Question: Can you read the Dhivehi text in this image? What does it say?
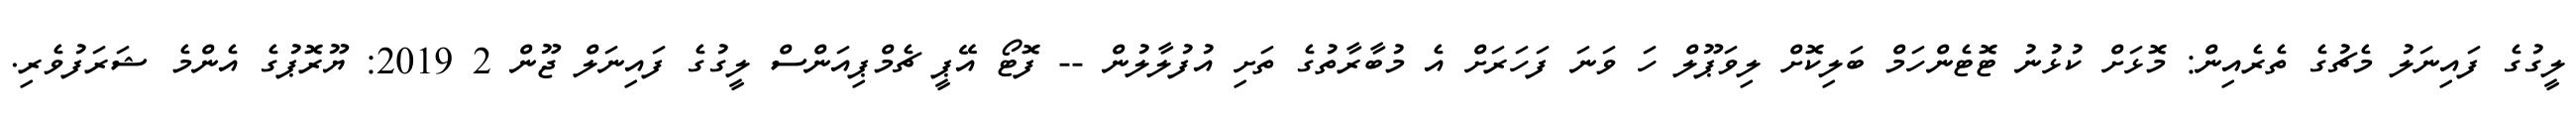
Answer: ލީގުގެ ފައިނަލު މެޗުގެ ތެރެއިން: މޮޅަށް ކުޅުނު ޓޮޓެންހަމް ބަލިކޮށް ލިވަޕޫލް ހަ ވަނަ ފަހަރަށް އެ މުބާރާތުގެ ތަށި އުފުލާލުން -- ފޮޓޯ އޭޕީ ޗެމްޕިއަންސް ލީގުގެ ފައިނަލް ޖޫން 2 2019: ޔޫރޮޕުގެ އެންމެ ޝަރަފުވެރި.